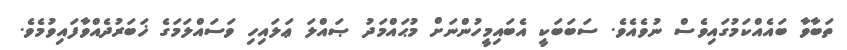
ތަބާވާ ބައެއްކަމުގައިވެސް ނުވެއެވެ. ސަބަބަކީ އެބައިމީހުންނަށް މުޙައްމަދު ޞައްލަ ޢަލައިހި ވަސައްލަމަގެ ޚަބަރުދެއްވާފައިވުމެވެ.